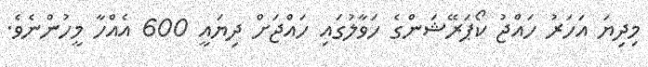
މިދިޔަ އަހަރު ހައްޖު ކޯޕަރޭޝަންގެ ހަވާލުގައި ހައްޖަށް ދިޔައީ 600 އެއްހާ މީހުންނެވެ.